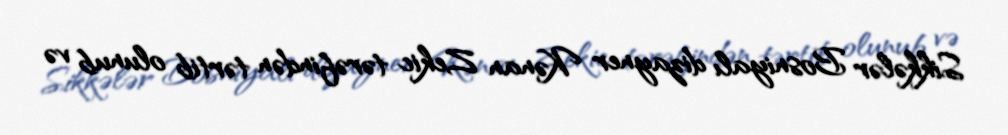
Sikkələr Bosniyalı dizayner Kənan Zekic tərəfindən tərtib olunub və